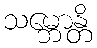
သမ္ဘောန္တိ